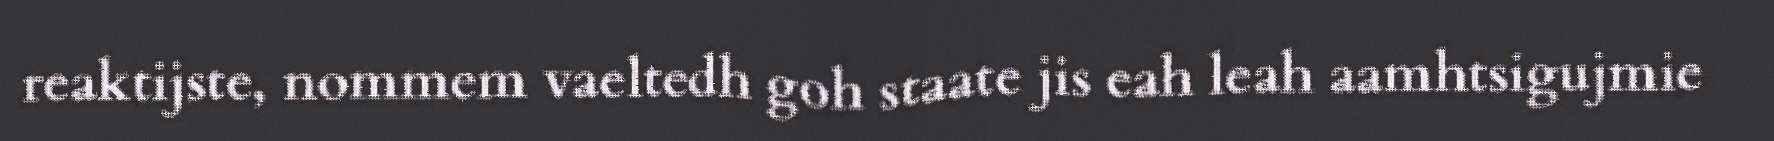
reaktijste, nommem vaeltedh goh staate jis eah leah aamhtsigujmie